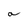
Character: a